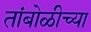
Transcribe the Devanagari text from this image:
तांबोळीच्या